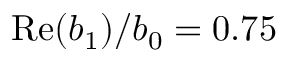
\mathrm { R e } ( b _ { 1 } ) / b _ { 0 } = 0 . 7 5